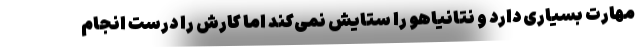
مهارت بسیاری دارد و نتانیاهو را ستایش نمی‌کند اما کارش را درست انجام